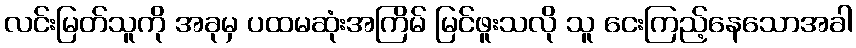
လင်းမြတ်သူကို အခုမှ ပထမဆုံးအကြိမ် မြင်ဖူးသလို သူ ငေးကြည့်နေသောအခါ